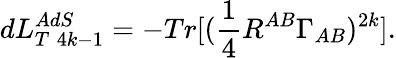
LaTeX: dL_{T\; 4k-1}^{AdS}=-Tr[(\frac{1}{4}R^{AB}\Gamma_{AB})^{2k}].